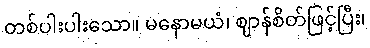
တစ်ပါးပါးသော။ မနောမယံ၊ ဈာန်စိတ်ဖြင့်ပြီး၊